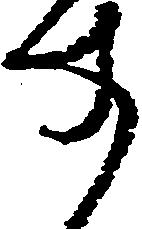
す